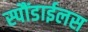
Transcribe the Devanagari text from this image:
स्पौंडाईलस